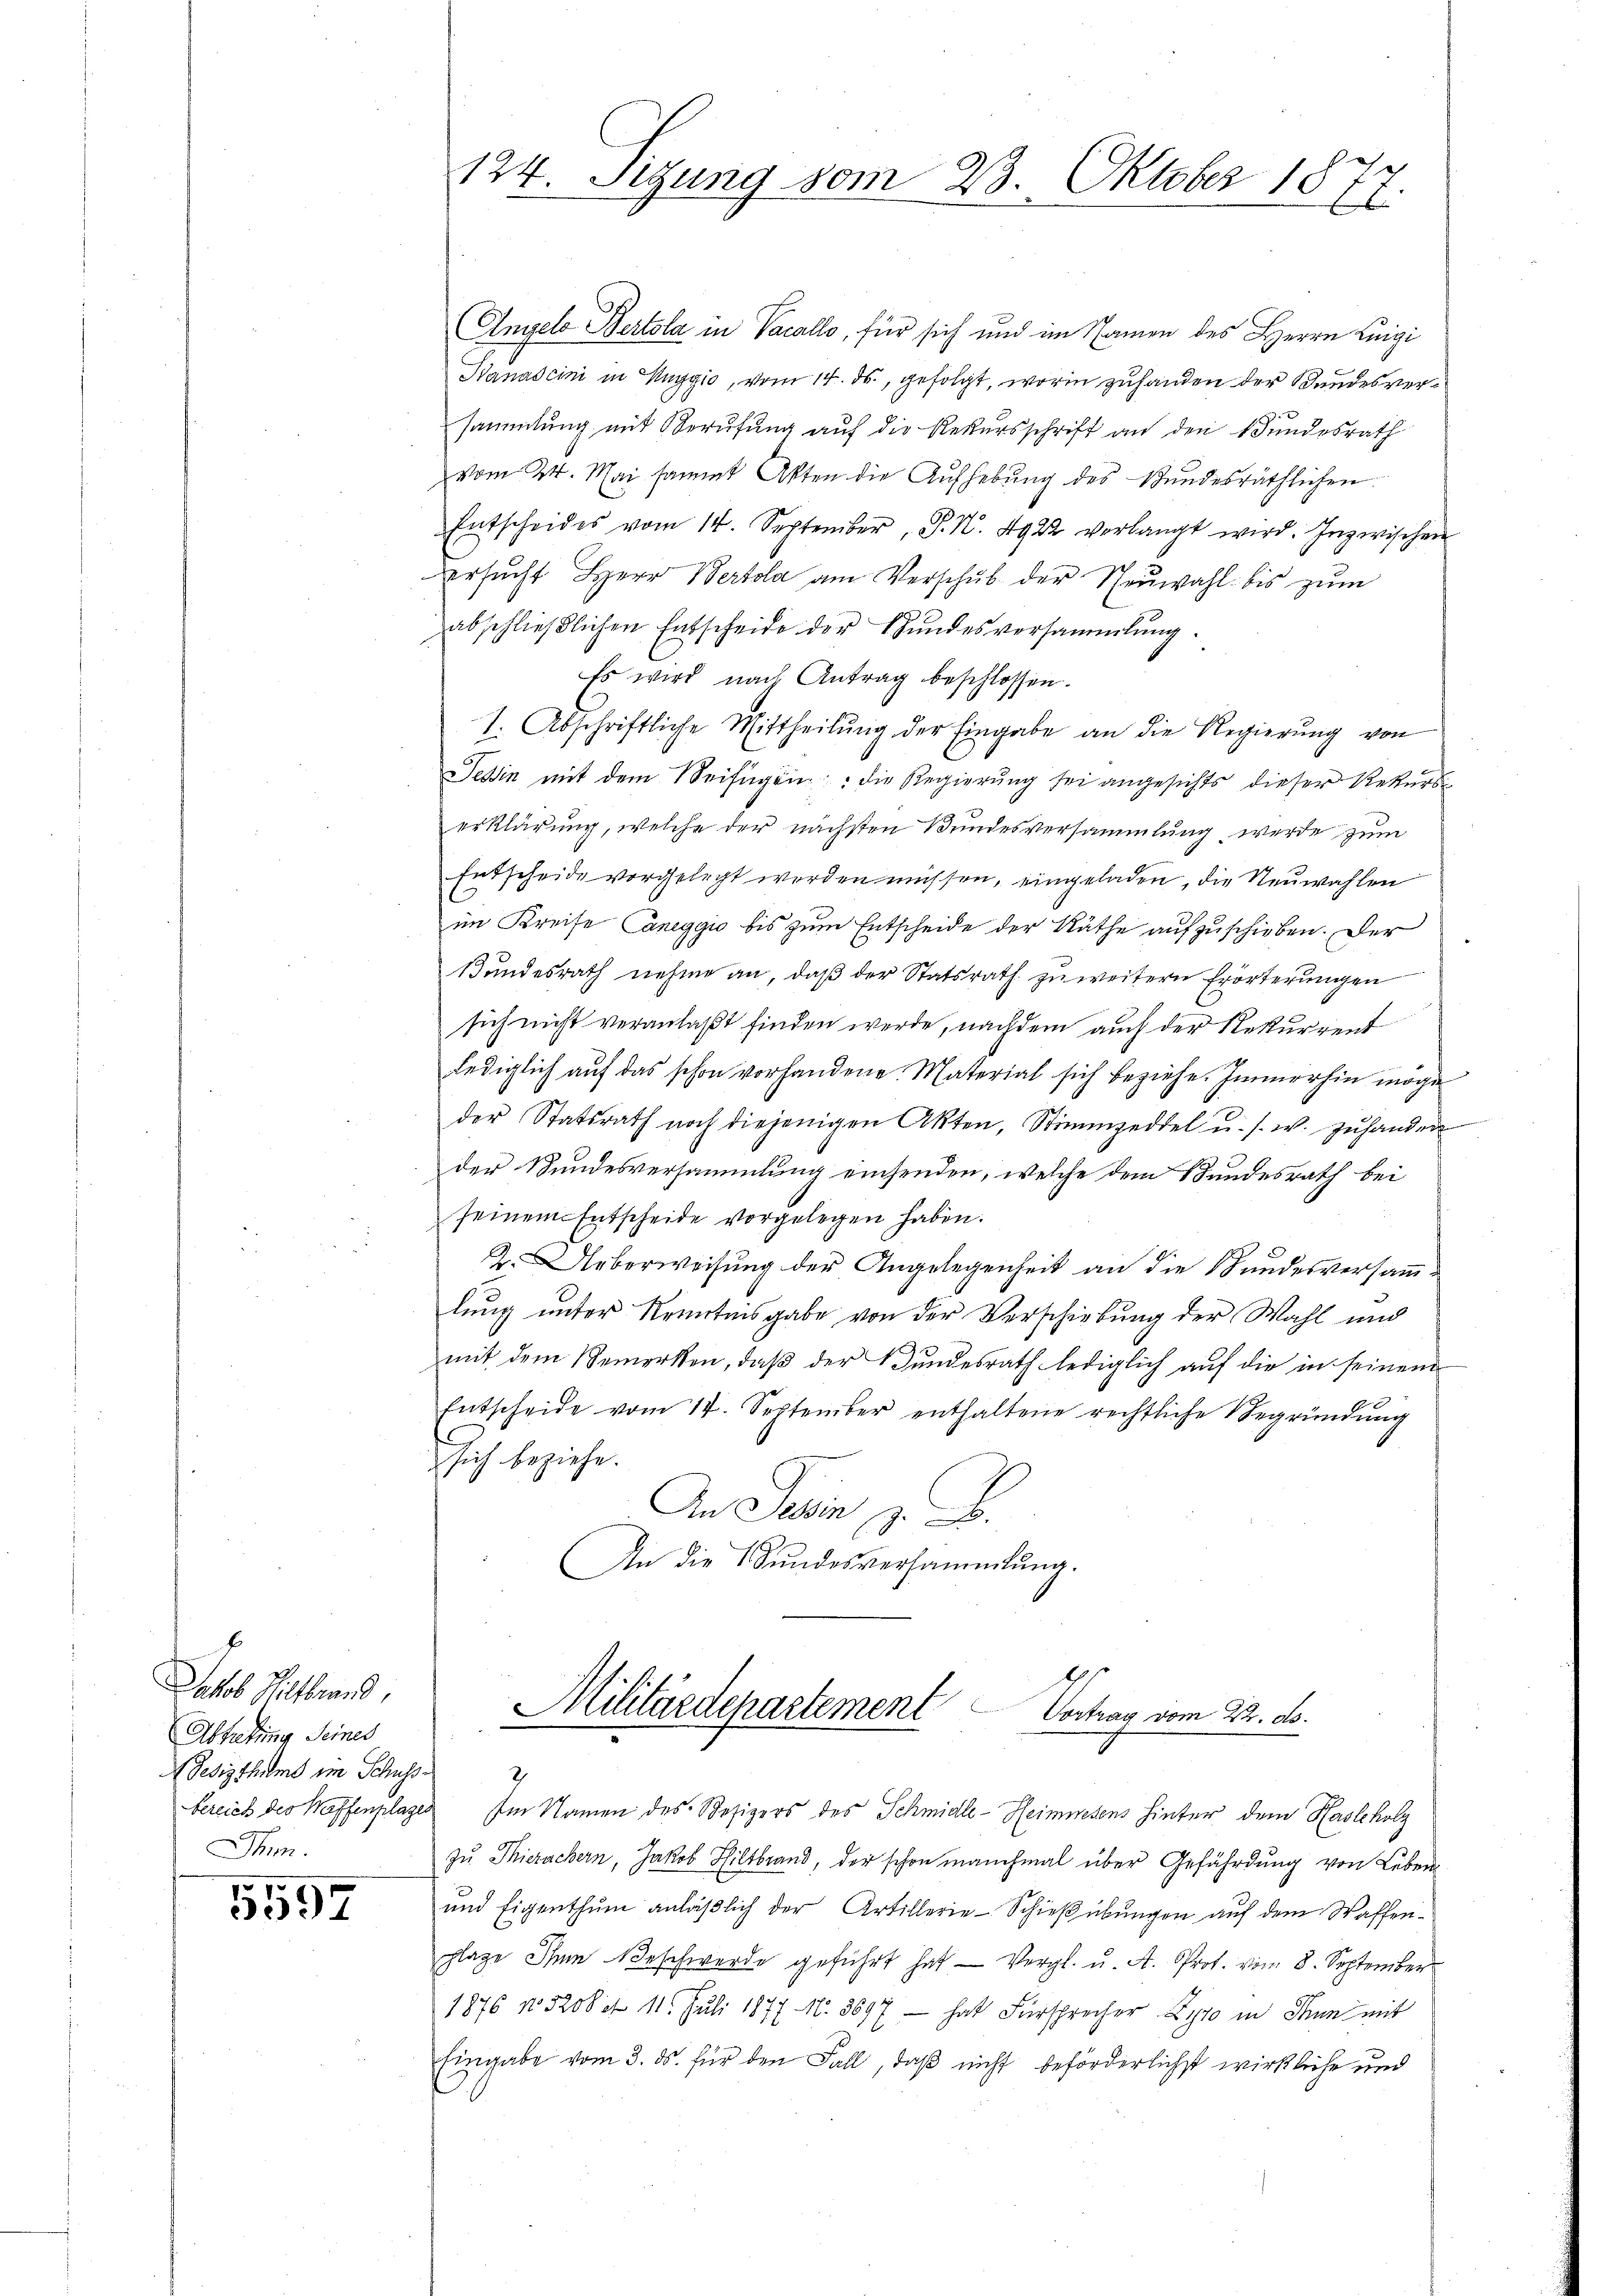
Jakob Mitbrand,
Ablutung Seines
Adedigthums im Schuss
Min.

5557

Angelo Bertola in Vacallo, für sich und im Namen des Herrn Luigi
Banascini in Anggio, vom 14. ds., gefolgt, worin zuhanden der Bundesversammlung mit Berufung auf die Rekursschrift an den Bundesrath
vom 24. Mai sammt Akten die Aufhebung des Bundesräthlichen
Entscheides vom 14. September , P. N. 4922 verlangt wird. Inzwischen
ersŭcht Herr Wertola am Verschŭb der Neŭwahl bis zŭm
abschließlichen Entscheide der Bundesversammlung.
Es wird nach Antrag beschlossen.
1. Abschriftliche Mittheilŭng der Eingabe an die Regierŭng von
Tessin mit dem Beifügen: die Regierung sei angesichts dieser Rekurs
erklärung, welche der nächsten Bundesversammlung werde zum
Entscheide vorgelegt werden müssen, eingeladen, die Neuwahlen
im Kreise aneggio bis zum Entscheide der Räthe aufzuschieben. Der
Bundesrath nehme an, daß der Statsrath zu weitern Erörterungen
sich nicht veranlaßt finden werde, nachdem auch der Rekurrent
lediglich auf das schon vorhandene Material sich beziehe. Immerhin möge
der Statsrath noch diejenigen Akten, Stimmzeddel u. s. w. zŭ handen
der Bundesversammlung einsenden, welche dem Bundesrath bei
seinem Entscheide vorgelegen haben.
K. Ueberweisung der Angelegenheit an die Bundesversammlung unter Kenntnisgabe von der Verschiebung der Wahl und
mit dem Bemerken, daß der Bundesrath lediglich auf die in seinem
Entscheide vom 14. September enthaltene rechtliche Begründŭng
sich beziehe.
An Dein z. B.
An die Stŭndesversammlung.

124. Sizung vom 23. Oktober 1877.

Militärdepartement Vortrag vom 22. ds.

bereich des Waffenplages Im Namen des Resigers des Schmidle-Heimwesens hinter dem Hasleholz
zu Thierachern, Jakob Hiltbrand, der schon manchmal über Gefährdung von Leben
und Eigenthum anläβlich der Artillerie-Schießübungen auf dem Waffenchlage Ihnen Beschwerde geführt hat — Vergl. u. A. Prof. vom 8. September
1876 No 5200 et 11. Juli 1877 N. 3697 - hat Fürsprecher Lyro in Thun mit
Eingabe vom 3. ds. für den Fall, daß nicht beförderlichst wirkliche und